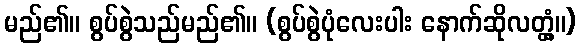
မည်၏။ စွပ်စွဲသည်မည်၏။ (စွပ်စွဲပုံလေးပါး နောက်ဆိုလတ္တံ့။)